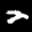
Label: 2